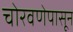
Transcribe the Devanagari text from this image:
चोरवणेपासून